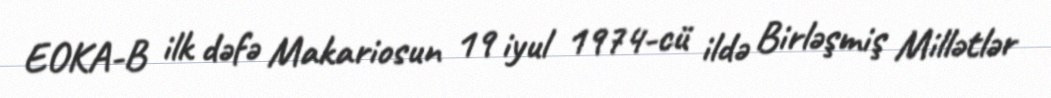
EOKA-B ilk dəfə Makariosun 19 iyul 1974-cü ildə Birləşmiş Millətlər